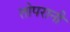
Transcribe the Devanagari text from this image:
तोपरानी